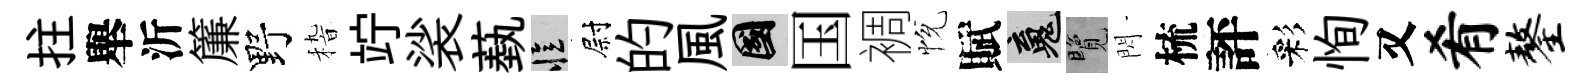
拄舉沂簾野𥟵竚裟蓺忆尉的風國国裯恱賦魂覽閃梳評彩恂又肴鏊